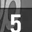
Digit: 5